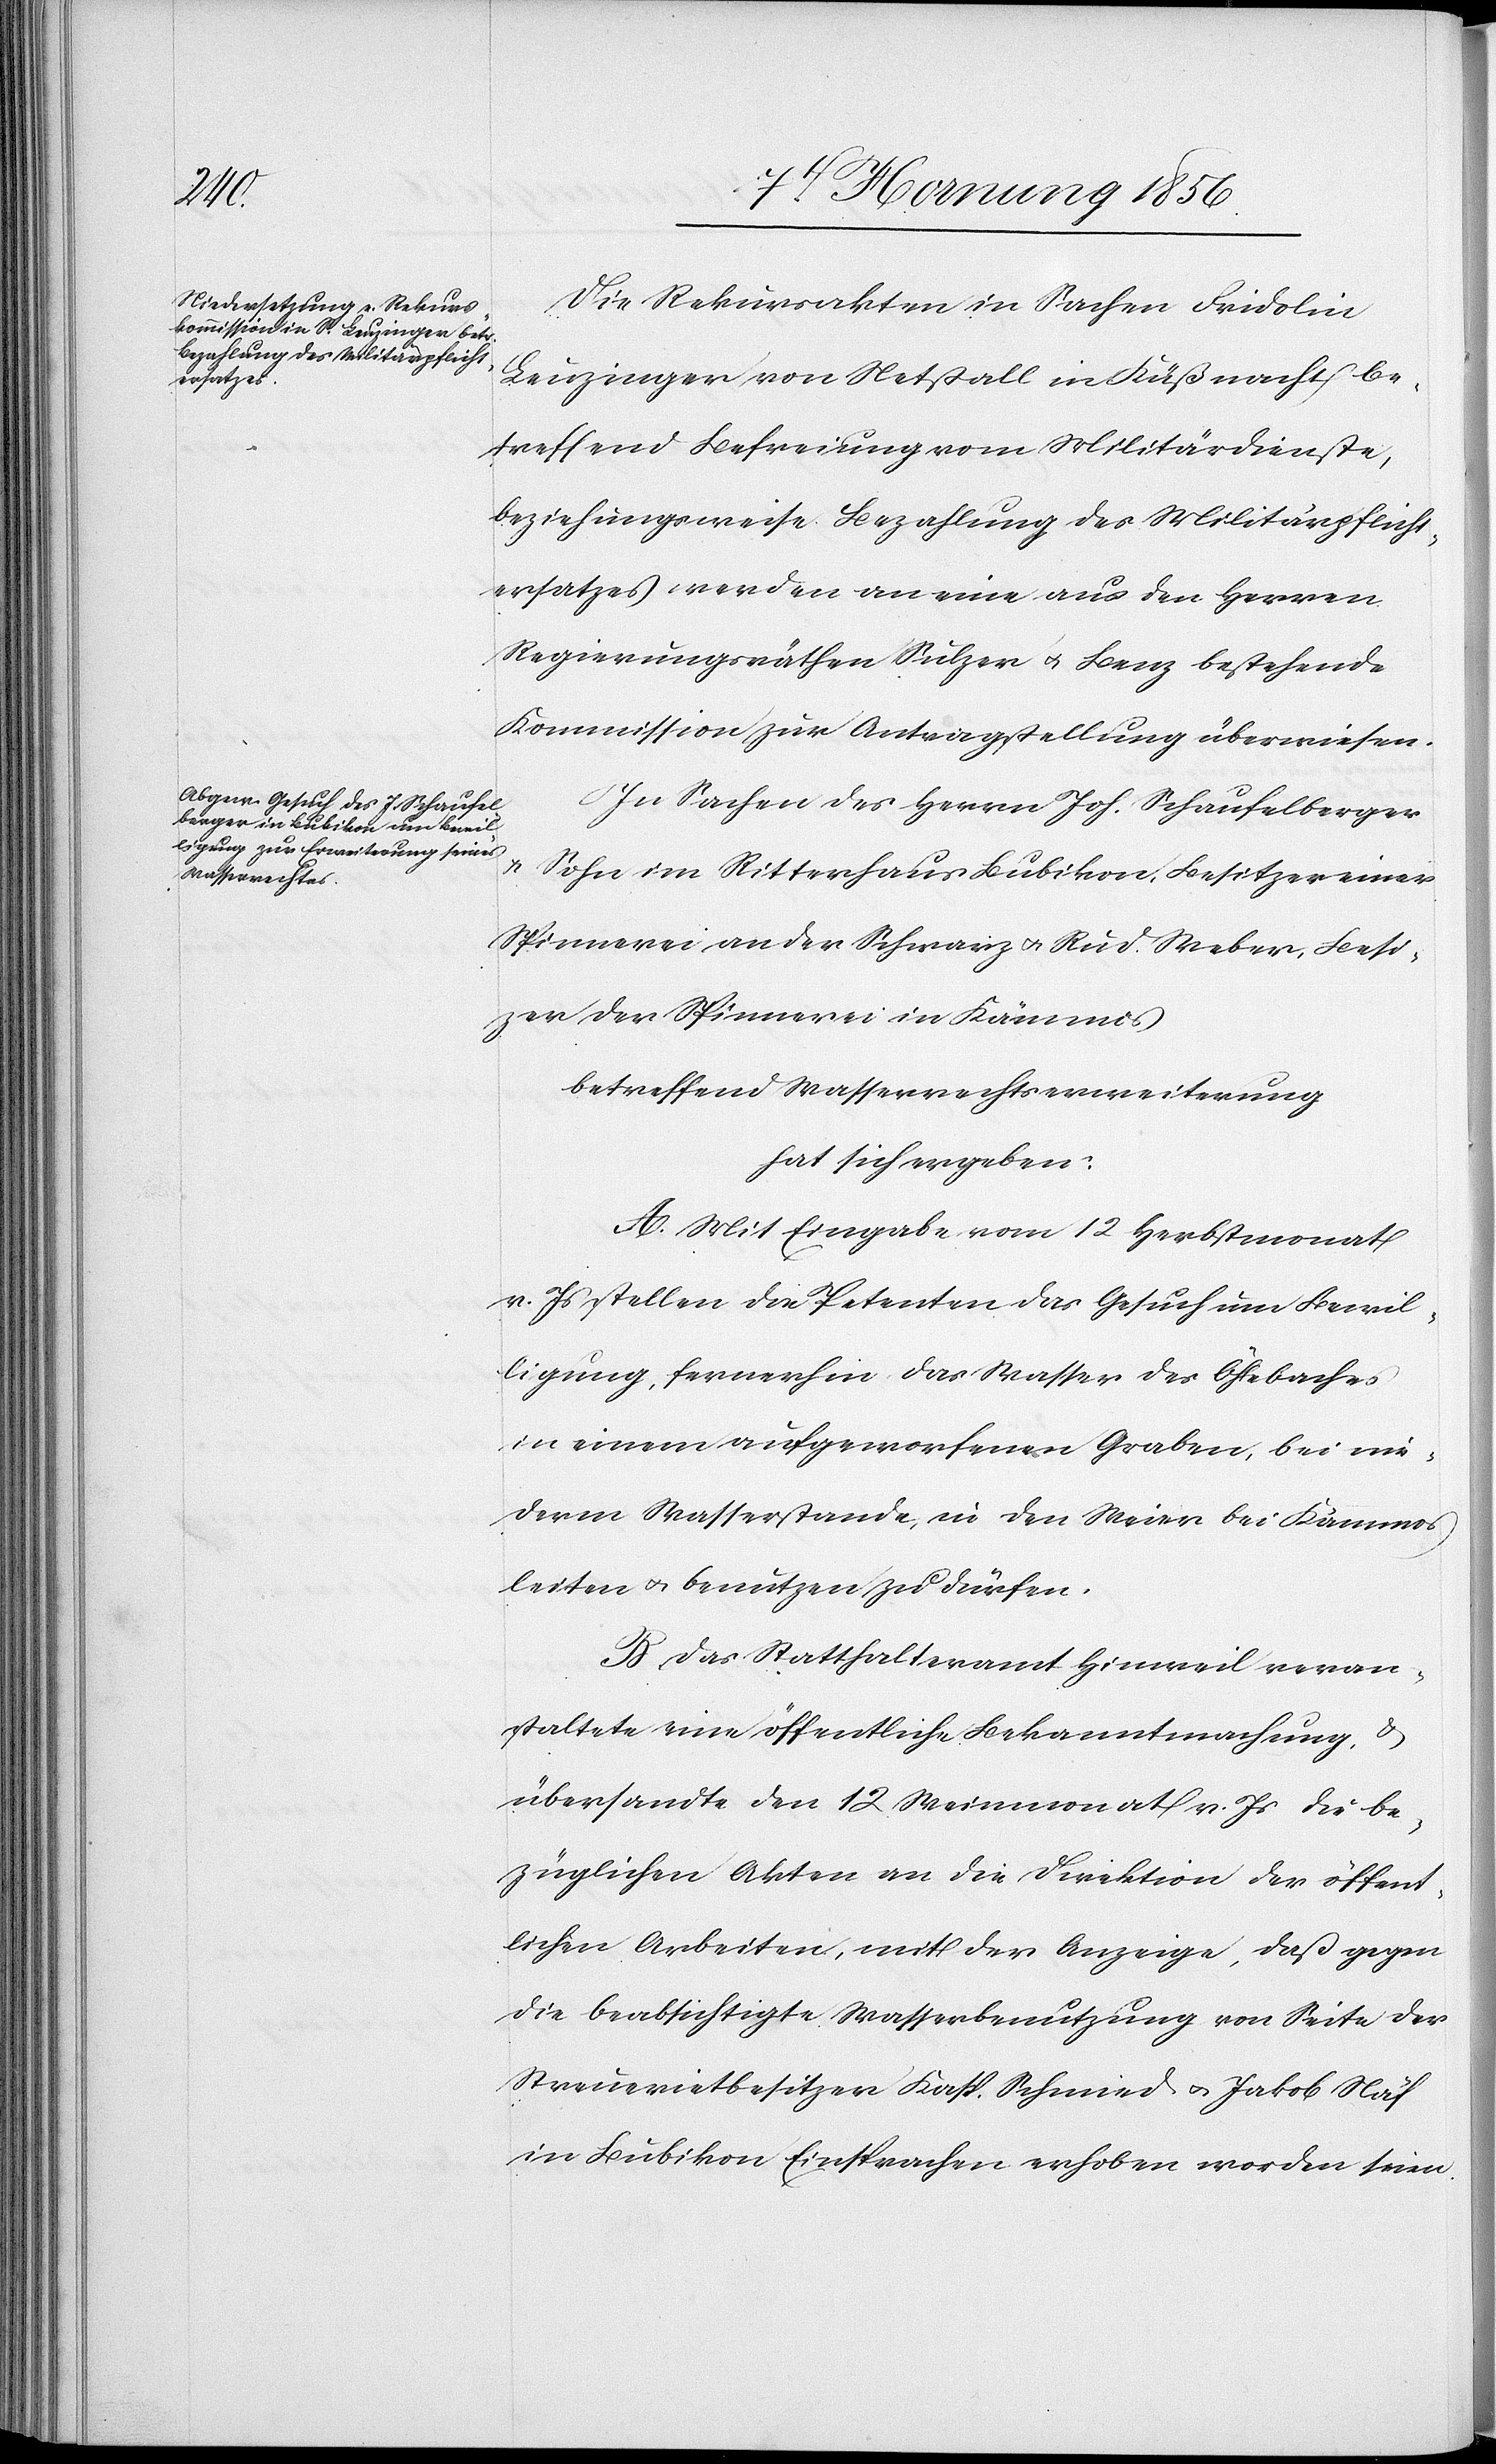
Die Rekursakten in Sachen Fridolin
Leuzinger von Netstall in Küßnacht be¬
treffend Befreiung vom Militärdienste,
beziehungsweise Bezahlung des Militärpflicht¬
ersatzes werden an eine aus den Herren
Regierungsräthen Sulzer u. Benz bestehende
Kommission zur Antragstellung überwiesen.
In Sachen des Herrn Joh. Schaufelberger
u. Sohn im Ritterhaus Bubikon, Besitzer einer
Spinnerei an der Schwarz u. Rud. Weber, Besit¬
zer der Spinnerei in Kämmos.
betreffend Wasserrechtserweiterung
hat sich ergeben:
A. Mit Eingabe vom 12 Herbstmonat
v. Js stellen die Petenten das Gesuch um Bewil¬
ligung, fernerhin das Wasser des Öhlebaches
in einem aufgeworfenen Graben, bei nie¬
derm Wasserstande, in den Weier bei Kämmos
leiten u. benutzen zu dürfen.
B. Das Statthalteramt Hinweil veran¬
staltete eine öffentliche Bekanntmachung, &
übersandte den 12 Weinmonat v. Js die be¬
züglichen Akten an die Direktion der öffent¬
lichen Arbeiten, mit der Anzeige, daß gegen
die beabsichtigte Wasserbenutzung von Seite der
Streuerietbesitzer Kasp. Schmied u. Jakob Näf
in Bubikon Eisprachen erhoben worden seien.